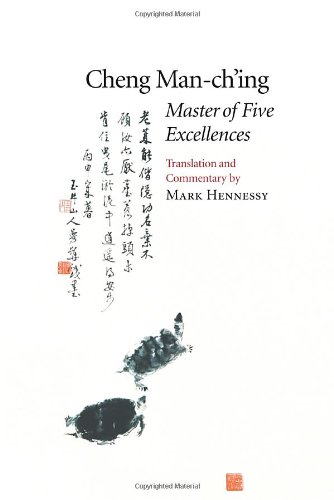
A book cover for Master of Five Excellences; Cheng Man-ch'ing Â ; Religion & Spirituality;